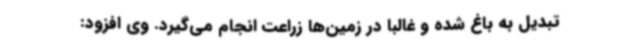
تبدیل به باغ شده و غالباً در زمین‌ها زراعت انجام می‌گیرد. وی افزود: